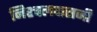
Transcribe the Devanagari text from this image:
निश्चलदासजी